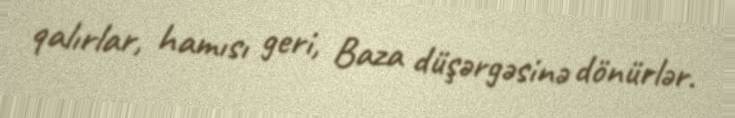
qalırlar, hamısı geri, Baza düşərgəsinə dönürlər.